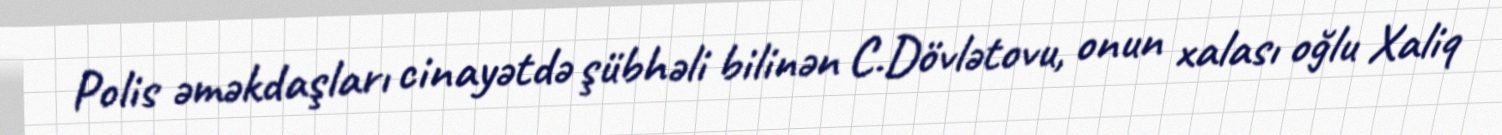
Polis əməkdaşları cinayətdə şübhəli bilinən C.Dövlətovu, onun xalası oğlu Xaliq